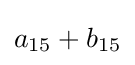
a_{15}+b_{15}